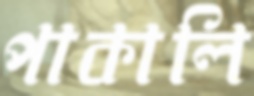
পাকালি